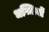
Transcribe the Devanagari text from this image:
धज्जियों